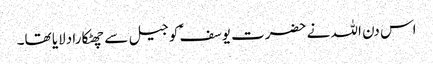
اس دن اللہ نے حضرت یوسفؑ کو جیل سے چھٹکارا دلایا تھا۔